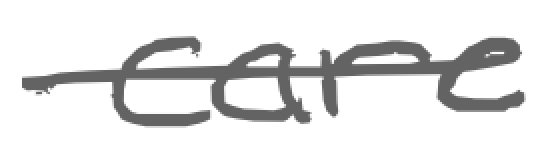
Text: care
Cross-out: single-line
Writing tool: digital_gray